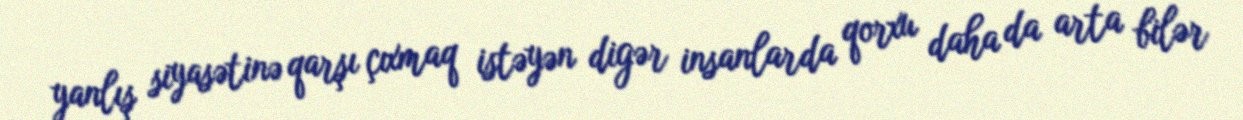
yanlış siyasətinə qarşı çıxmaq istəyən digər insanlarda qorxu daha da arta bilər